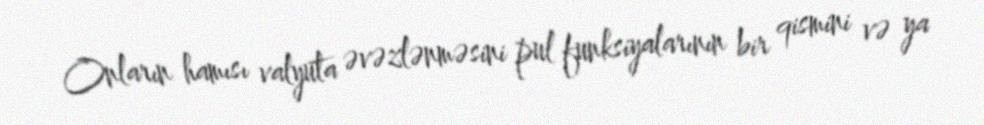
Onların hamısı valyuta əvəzlənməsini pul funksiyalarının bir qismini və ya